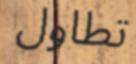
تطاول